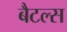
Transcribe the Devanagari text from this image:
बैटल्स